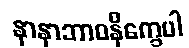
နာနာဘာဝနိက္ခေပါ